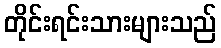
တိုင်းရင်းသားများသည်